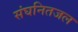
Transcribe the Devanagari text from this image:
संघनितजल